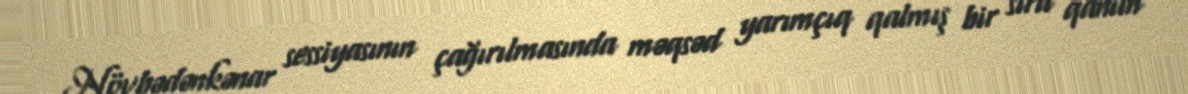
Növbədənkənar sessiyasının çağırılmasında məqsəd yarımçıq qalmış bir sıra qanun